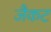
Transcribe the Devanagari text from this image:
जैकट